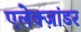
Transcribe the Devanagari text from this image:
एलेक्ज़ांडर